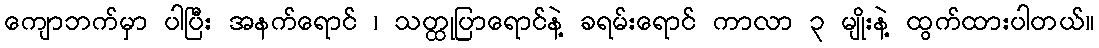
ကျောဘက်မှာ ပါပြီး အနက်ရောင် ၊ သတ္ထုပြာရောင်နဲ့ ခရမ်းရောင် ကာလာ ၃ မျိုးနဲ့ ထွက်ထားပါတယ်။